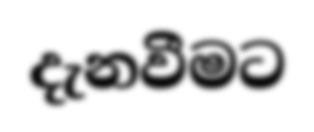
දැනවීමට